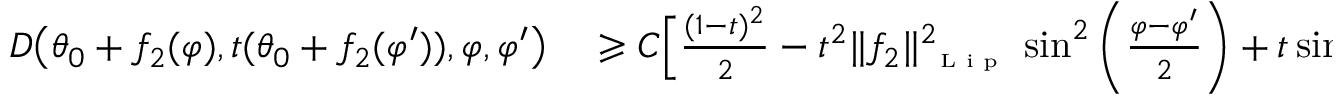
\begin{array} { r l } { D \big ( \theta _ { 0 } + f _ { 2 } ( \varphi ) , t ( \theta _ { 0 } + f _ { 2 } ( \varphi ^ { \prime } ) ) , \varphi , \varphi ^ { \prime } \big ) } & { { } \geqslant C \Big [ \frac { ( 1 - t ) ^ { 2 } } { 2 } - t ^ { 2 } \| f _ { 2 } \| _ { \textnormal { \tiny { L i p } } } ^ { 2 } \sin ^ { 2 } \left( \frac { \varphi - \varphi ^ { \prime } } { 2 } \right) + t \sin ^ { 2 } \left( \frac { \varphi - \varphi ^ { \prime } } { 2 } \right) \Big ] } \end{array}